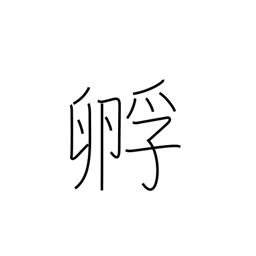
Meaning: hatch